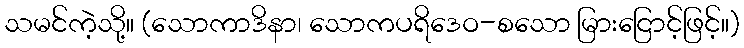
သမင်ကဲ့သို့။ (သောကာဒိနာ၊ သောကပရိဒေဝ-စသော မြားငြောင့်ဖြင့်။)